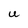
Character: U